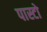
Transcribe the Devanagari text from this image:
पास्टो